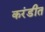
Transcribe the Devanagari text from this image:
करंडीत